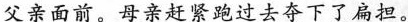
父亲面前。母亲赶紧跑过去夺下了扁担。